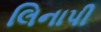
લિનાપી